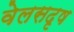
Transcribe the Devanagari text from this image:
वेलसदृष